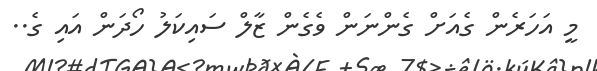
މީ އަހަރެން ގެއަށް ގެންނަން ވެގެން ޒާލް ސައިކަލު ހޯދަން އައި ގެ..